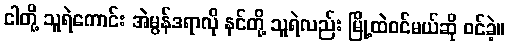
ငါတို့ သူရဲကောင်း အဲမွန်ဒရာလို နင်တို့ သူရဲလည်း မြို့ထဲဝင်မယ်ဆို ဝင်ခဲ့။